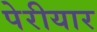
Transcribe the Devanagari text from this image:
पेरीयार